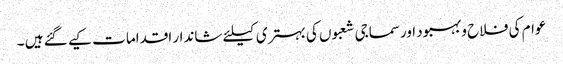
عوام کی فلاح وبہبود اورسماجی شعبوں کی بہتری کیلئے شاندار اقداما ت کیے گئے ہیں ۔